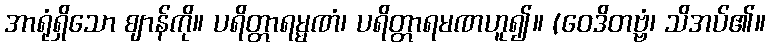
အာရုံရှိသော ဈာန်ကို။ ပရိတ္တာရမ္မဏံ၊ ပရိတ္တာရမဏဟူ၍။ (ဝေဒိတဗ္ဗံ၊ သိအပ်၏။